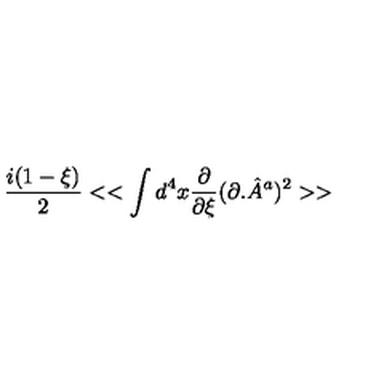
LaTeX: \frac { i ( 1 - \xi ) } { 2 } < < \int d ^ { 4 } x \frac { \partial } { \partial \xi } ( \partial . { \hat { A } } ^ { a } ) ^ { 2 } > >